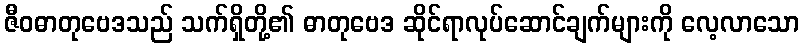
ဇီဝဓာတုဗေဒသည် သက်ရှိတို့၏ ဓာတုဗေဒ ဆိုင်ရာလုပ်ဆောင်ချက်များကို လေ့လာသော